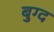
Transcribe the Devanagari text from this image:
बुग्द